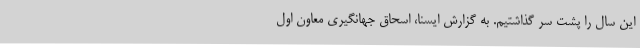
این سال را پشت سر گذاشتیم. به گزارش ایسنا، اسحاق جهانگیری معاون اول